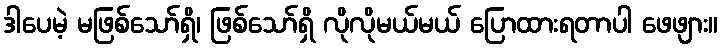
ဒါပေမဲ့ မဖြစ်သော်ရှိ၊ ဖြစ်သော်ရှိ လိုလိုမယ်မယ် ပြောထားရတာပါ ဖေဖျား။